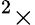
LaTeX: ^2\times